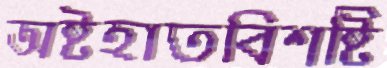
অষ্টহাতবিশষ্টি